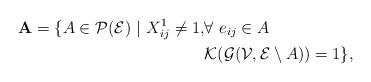
LaTeX: \begin{align*}\mathbf{A} = \{A \in \mathcal{P}(\mathcal{E})\ | \ X_{ij}^1 \neq 1,&\forall \ e_{ij} \in A \\& \mathcal{K}(\mathcal{G}(\mathcal{V},\mathcal{E}\setminus A))=1\},\end{align*}